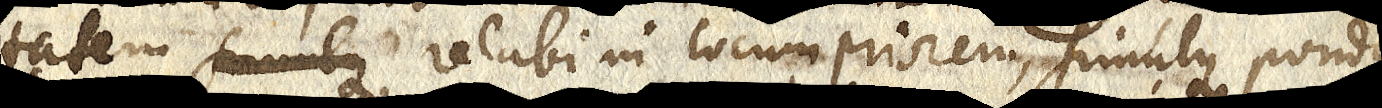
tatem, simulque relabi in locum priorem, simulque pondus